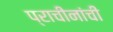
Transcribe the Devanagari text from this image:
प्राचीनांची